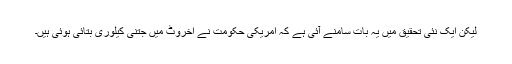
لیکن ایک نئی تحقیق میں یہ بات سامنے آئی ہے کہ امریکی حکومت نے اخروٹ میں جتنی کیلوری بتائی ہوئی ہیں۔